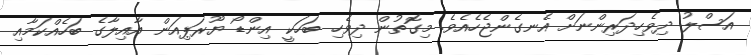
އަސްލު ދިވެހިދަރިންނަށް އެނގެންޖެހެއެވެ. މިގޮތުން ދިވެހި ބަހަކީ އިންޑޯ ޔޫރަޕިއަން އާއިލާގެ ބަހެއްކަމާއި